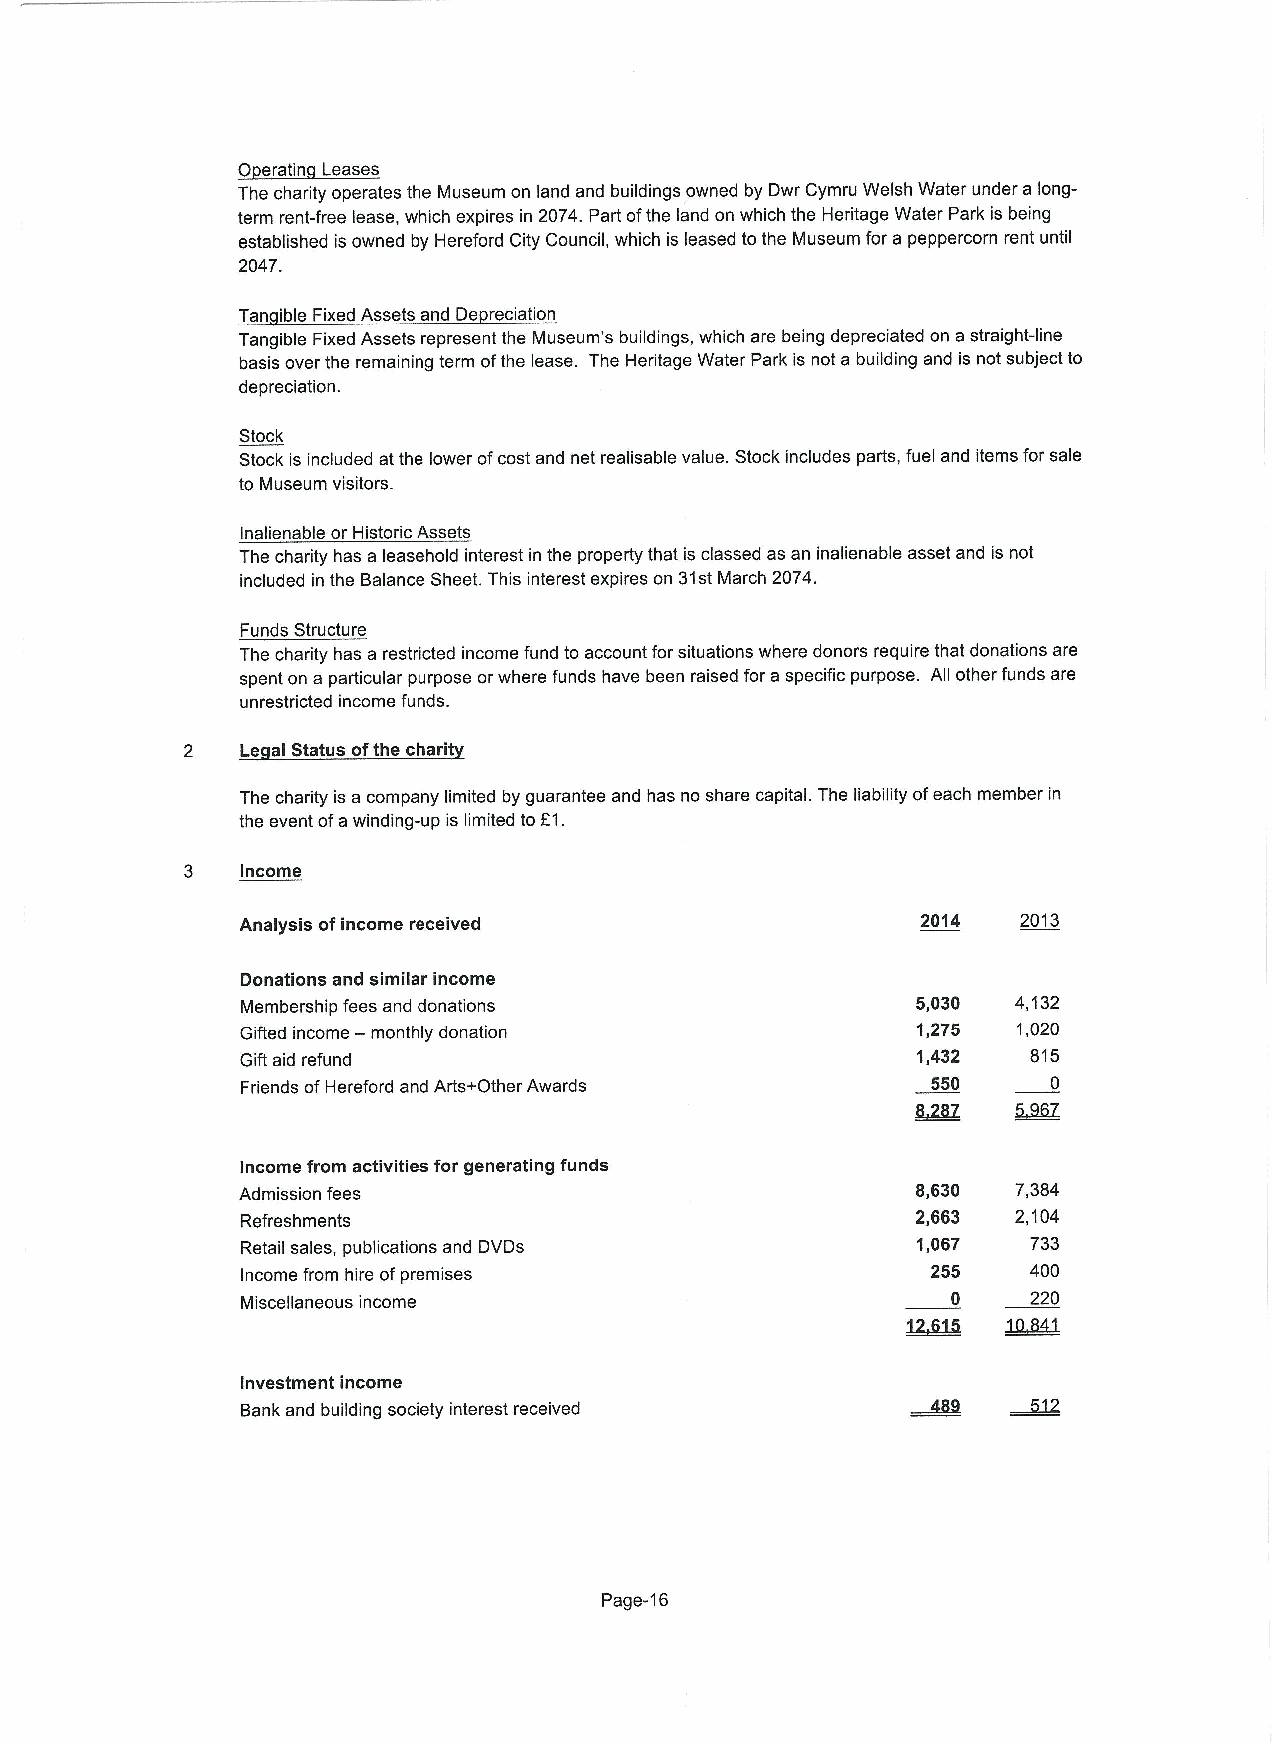
0 eratin Leases
 The charity operates the Museum on land and buildings owned by Dwr Cymru Welsh Water under a long-
 term rent-free lease, which expires in 2074.Part ofthe land on which the Heritage Water Park is being
 established is owned by Hereford City Council, which is leased tothe Museum for a peppercorn rent until
 2047.
 Tan ible Fixed Assets and De reciation
 Tangible Fixed Assets represent the Museum's buildings, which are being depreciated on astraight-line
 basis over the remaining term ofthe lease. The Heritage Water Park is not a building and is not subject to
 depreciation.
 Stock
 Stock is included at the lower ofcost and net realisable value. Stock includes parts, fuel and items for sale
 to Museum visitors.
 Inalienable or Historic Assets
 The charity has a leasehold interest in the property that is classed as an inalienable asset and is not
 included in the Balance Sheet. This interest expires on 31stMarch 2074.
 Funds Structure
 The charity has a restricted income fund to account for situations where donors require that donations are
 spent on a particular purpose orwhere funds have been raised for a specific purpose. All other funds are
 unrestricted income funds.
 2   Le al Status ofthe charit
 The charity is a company limited by guarantee and has no share capital. The liability ofeach member in
 the event ofawinding-up is limited to E1.
 3   Income
 Analysis ofincome received                   2014   2013
 Donations and similar income
 Membership fees and donations                5,030 4,132
 Gifted income — monthly donation             1,275 1,020
 Gift aid refund                              1,432  815
 Friends ofHereford and Arts+Other Awards      550     0
 Income from activities for generating funds
 Admission fees                               8,630 7,384
 Refreshments                                 2,663 2,104
 Retail sales, publications and DVDs          1,067  733
 Income from hire ofpremises                   255   400
 Miscellaneous income                           0    220
 Investment income
 Bank and building society interest received
 Page-16